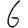
Digit: 6